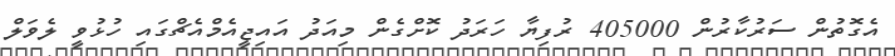
އެގޮތުން ސަރުކާރުން 405000 ރުފިޔާ ހަރަދު ކޮށްގެން މިއަދު އައިޖީއެމްއެޗްގައި ހުޅުވީ ލެވަލް